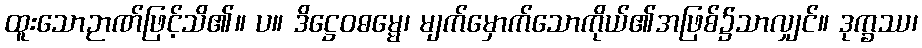
ထူးသောဉာဏ်ဖြင့်သိ၏။ ပ။ ဒိဋ္ဌေဝဓမ္မေ၊ မျက်မှောက်သောကိုယ်၏အဖြစ်၌သာလျှင်။ ဒုက္ခဿ၊